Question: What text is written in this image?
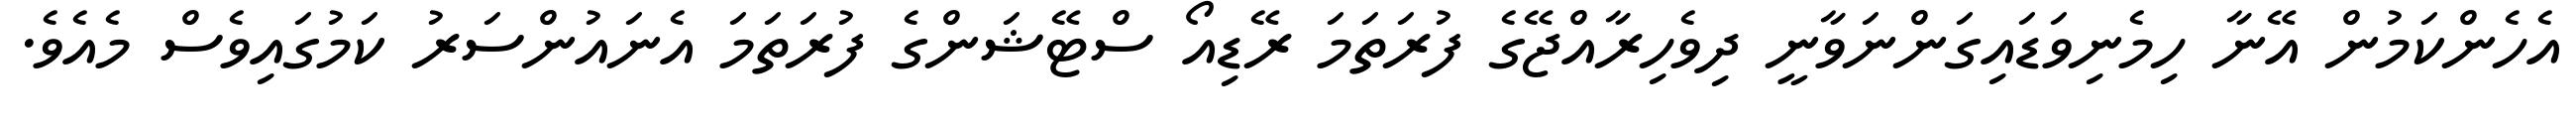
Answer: އެހެންކަމުން އޭނާ ހިމެނިވަޑައިގަންނަވާނީ ދިވެހިރާއްޖޭގެ ފުރަތަމަ ރޭޑިއޯ ސްޓޭޝަންގެ ފުރަތަމަ އެނައުންސަރު ކަމުގައިވެސް މެއެވެ.